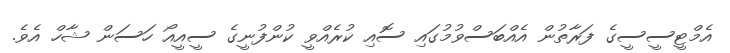
އެމްޓީސީސީގެ ފަރާތުން އެއްބަސްވުމުގައި ސޮއި ކުރެއްވީ ކުންފުނީގެ ސީއީއޯ ހަސަން ޝާހް އެވެ.